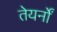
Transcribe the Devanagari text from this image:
तेयर्नों